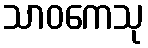
သာဝကေသု